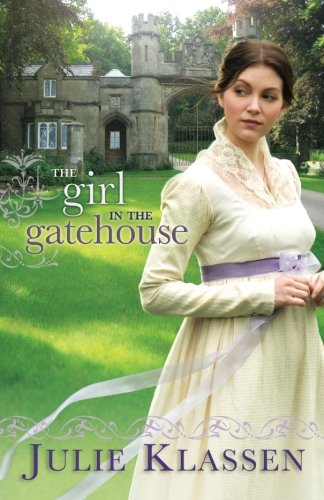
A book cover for The Girl in the Gatehouse; Julie Klassen; Romance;